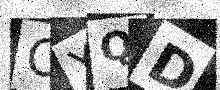
Text: OYQD